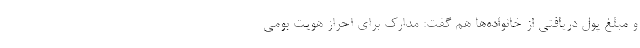
و مبلغ پول دریافتی از خانواده‌ها هم گفت: مدارک برای احراز هویت بومی